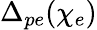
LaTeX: \Delta_{pe}(\chi_{e})